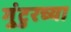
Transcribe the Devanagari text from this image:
गुंटुरच्या